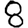
Digit: 8